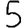
Digit: 5